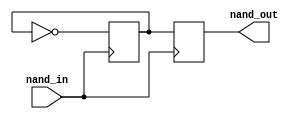
module nand_gate_delay (
    input wire nand_in,
    output reg nand_out
);

reg nand_internal;

always @ (posedge nand_in)
begin
    nand_internal <= ~nand_internal;
    nand_out <= nand_internal;
end

endmodule